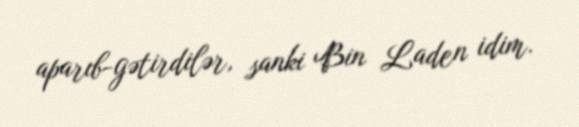
aparıb-gətirdilər, sanki Bin Laden idim.